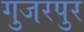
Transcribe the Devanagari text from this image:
गुजरपुर